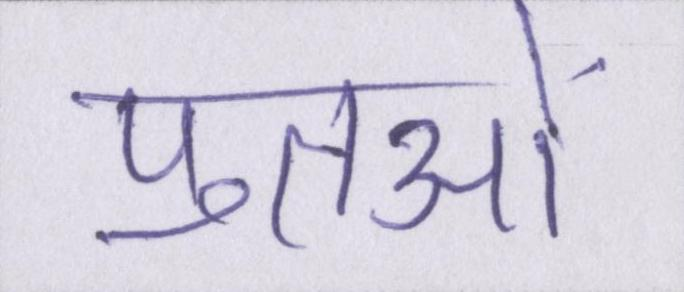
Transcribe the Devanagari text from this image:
पुतलों